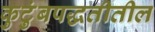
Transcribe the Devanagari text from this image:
कुटुंबपद्धतीतील